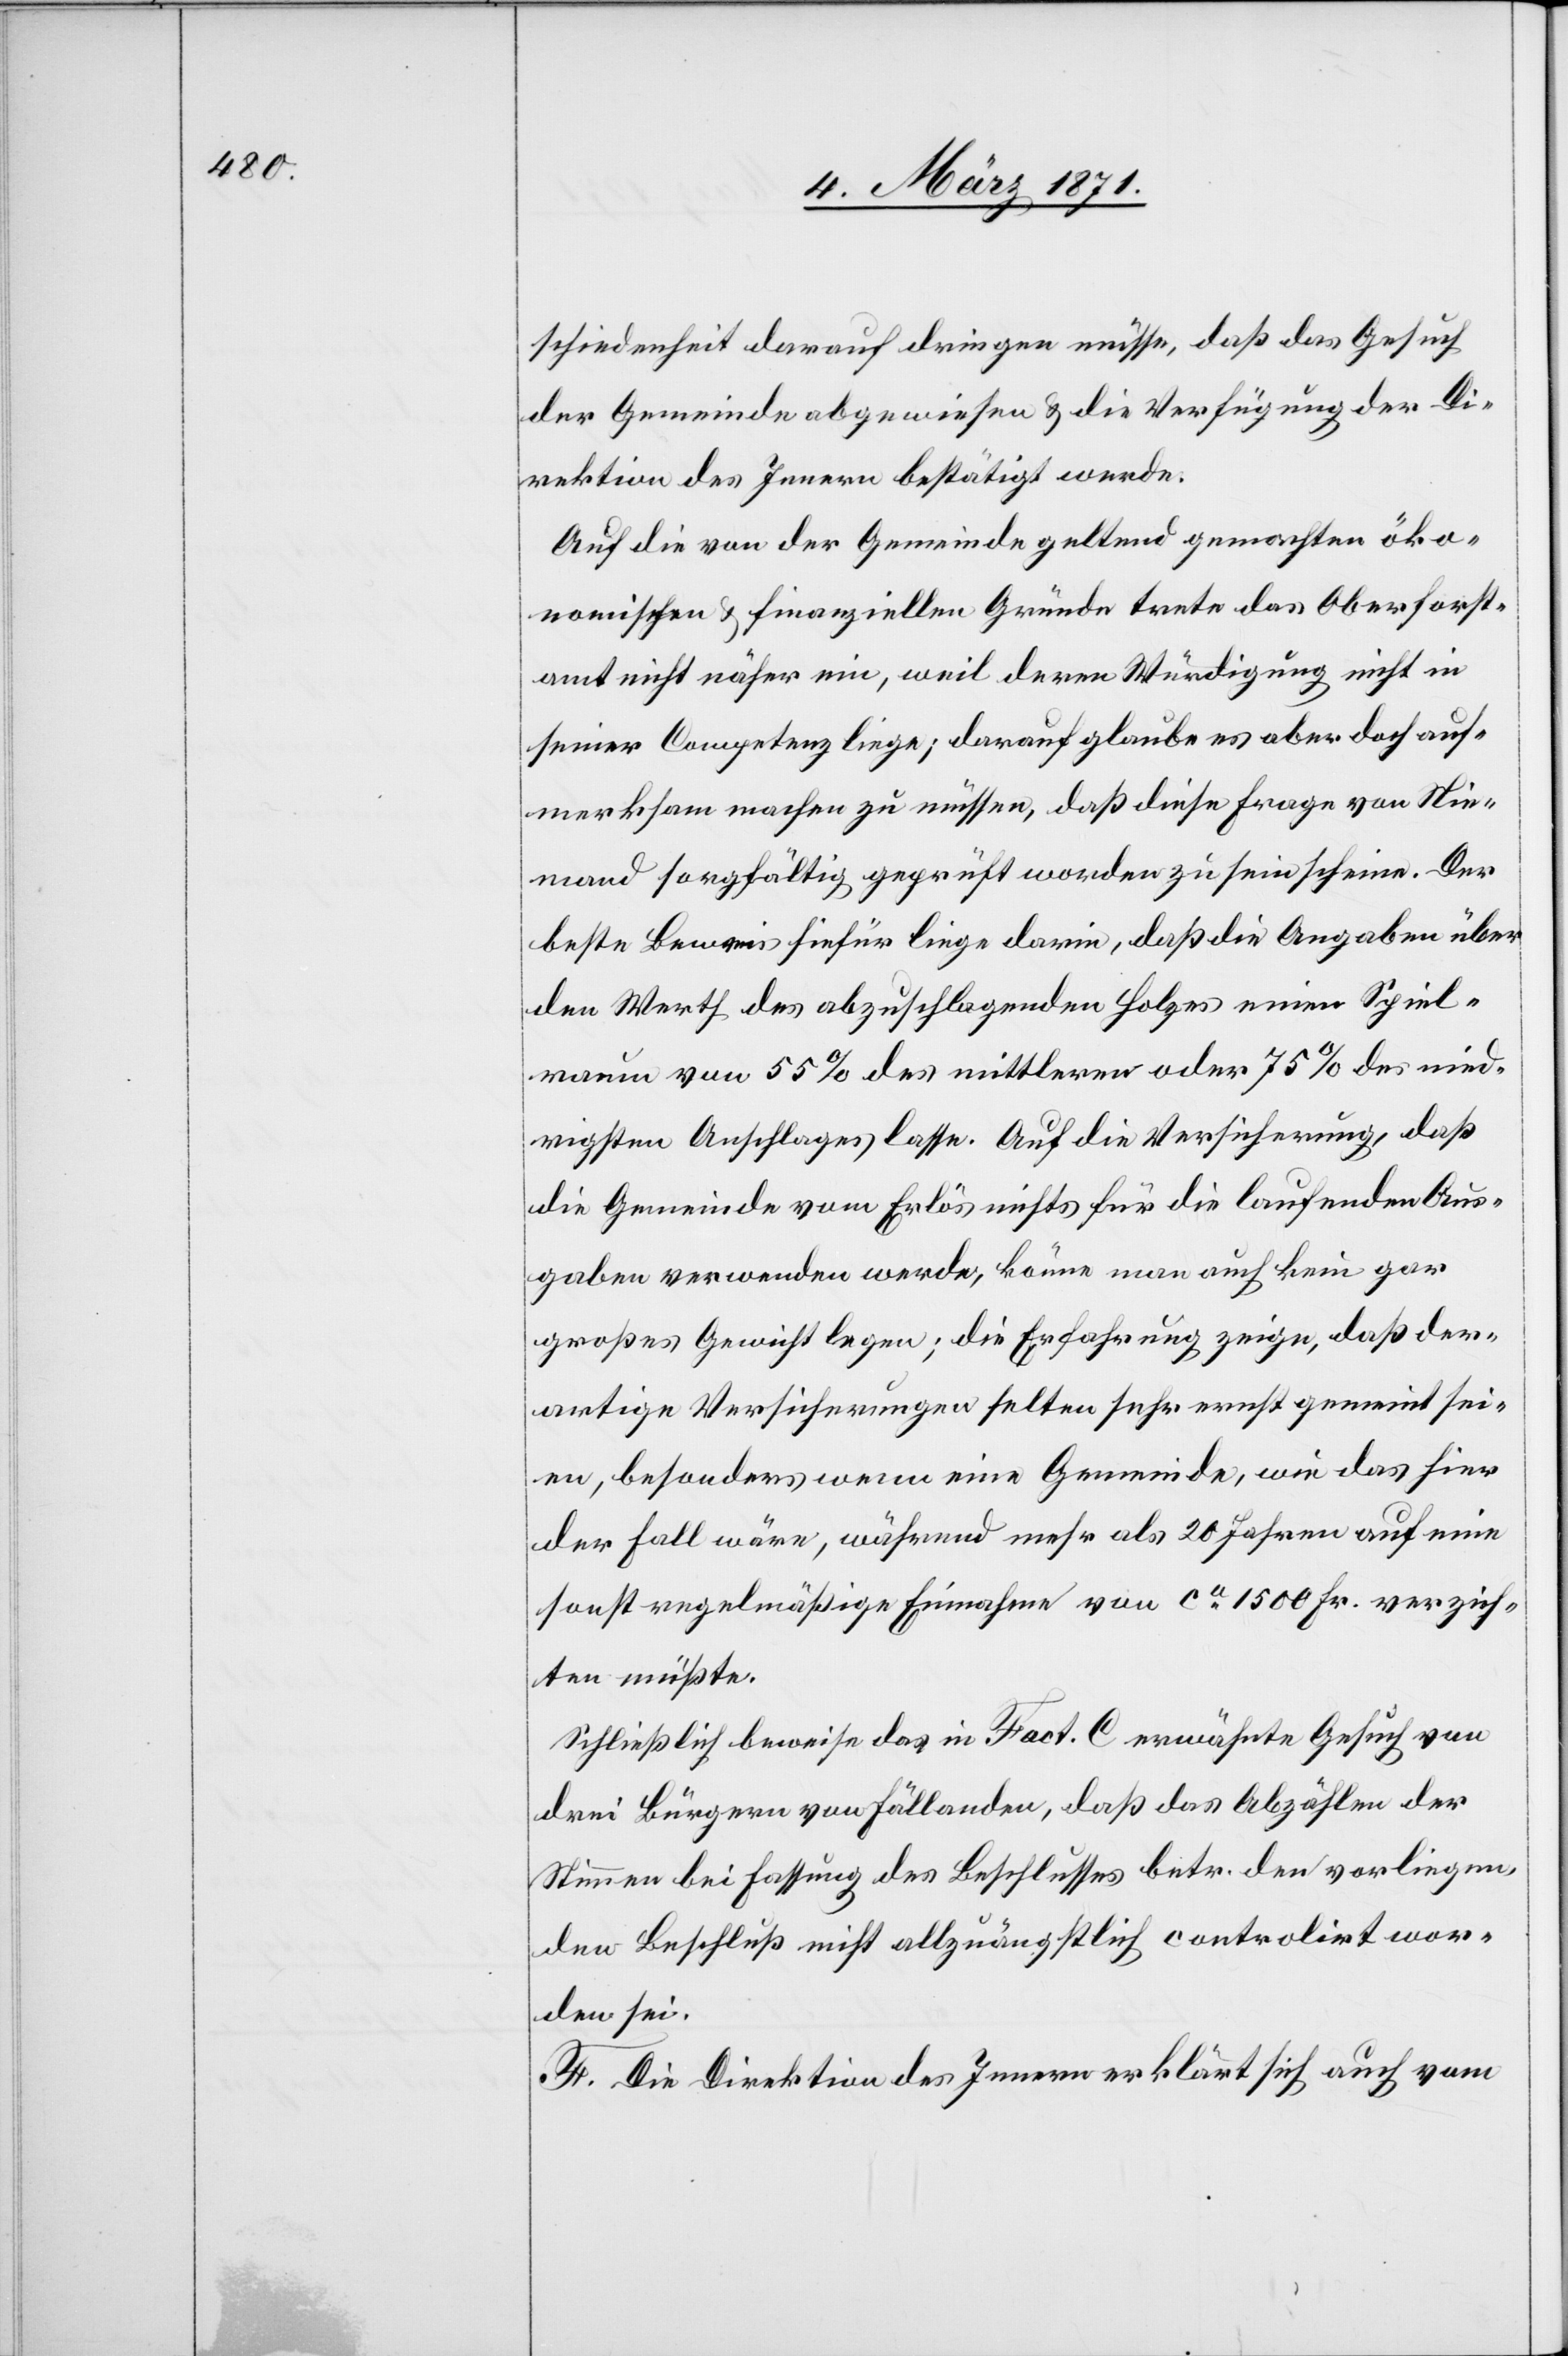
schiedenheit darauf dringen müsse, daß das Gesuch
der Gemeinde abgewiesen u. die Verfügung der Di¬
rektion des Innern bestätigt werde.
Auf die von der Gemeinde geltend gemachten öko¬
nomischen u. finanziellen Gründe trete das Oberforst¬
amt nicht näher ein, weil deren Würdigung nicht in
seiner Competenz liege; darauf glaube es aber doch auf¬
merksam machen zu müssen, daß diese Frage von Nie¬
mand sorgfältig geprüft worden zu sein scheine. Der
beste Beweis hiefür liege darin, daß die Angabe über
den Werth des abzuschlagenden Holzes einen Spiel¬
raum von 55% des mittleren oder 75% des nied¬
rigsten Anschlages lasse. Auf die Versicherung, daß
die Gemeinde vom Erlös nichts für die laufenden Aus¬
gaben verwenden werde, könne man auch kein gar
großes Gewicht legen; die Erfahrung zeige, daß der¬
artige Versicherungen selten sehr ernst gemeint sei¬
en, besonders wenn eine Gemeinde, wie das hier
der Fall wäre, während mehr als 20 Jahren auf eine
sonst regelmäßige Einnahme von ca. 1500 Fr. verzich¬
ten müßte.
Schließich beweise das in Fact. C erwähnte Gesuch von
drei Bürgern von Fällanden, daß das Abzählen der
Stimmen bei Fassung des Beschlusses betr. den vorliegen¬
den Beschluß nicht allzuängstlich controlirt wor¬
den sei.
F. Die Direktion des Innern erklärt sich auch vom